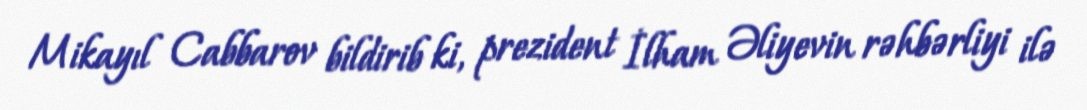
Mikayıl Cabbarov bildirib ki, prezident İlham Əliyevin rəhbərliyi ilə